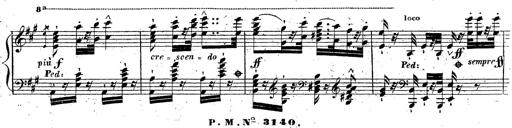
Title: Grande fantaisie sur la tyrolienne de l'opÃ©ra
Composer: Franz Liszt
Key: A major